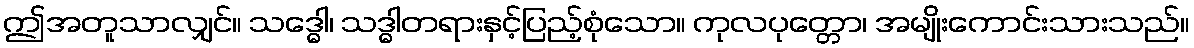
ဤအတူသာလျှင်။ သဒ္ဓေါ၊ သဒ္ဓါတရားနှင့်ပြည့်စုံသော။ ကုလပုတ္တော၊ အမျိုးကောင်းသားသည်။